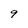
Character: 9